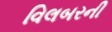
વિલબરની